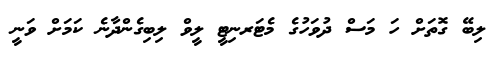
ލިބޭ ގޮތަށް ހަ މަސް ދުވަހުގެ މެޓަރނިޓީ ލީވް ލިބިގެންދާނެ ކަމަށް ވަނީ